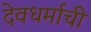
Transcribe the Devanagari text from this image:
देवधर्माची